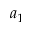
a _ { 1 }